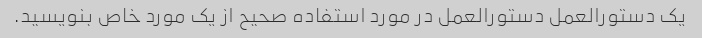
یک دستورالعمل دستورالعمل در مورد استفاده صحیح از یک مورد خاص بنویسید.